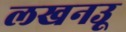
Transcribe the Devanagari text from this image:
लखनउू